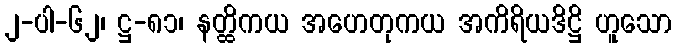
၂-ပါ-၆၂၊ ဋ္ဌ-၈၁၊ နတ္ထိကယ အဟေတုကယ အကိရိယဒိဋ္ဌိ ဟူသော